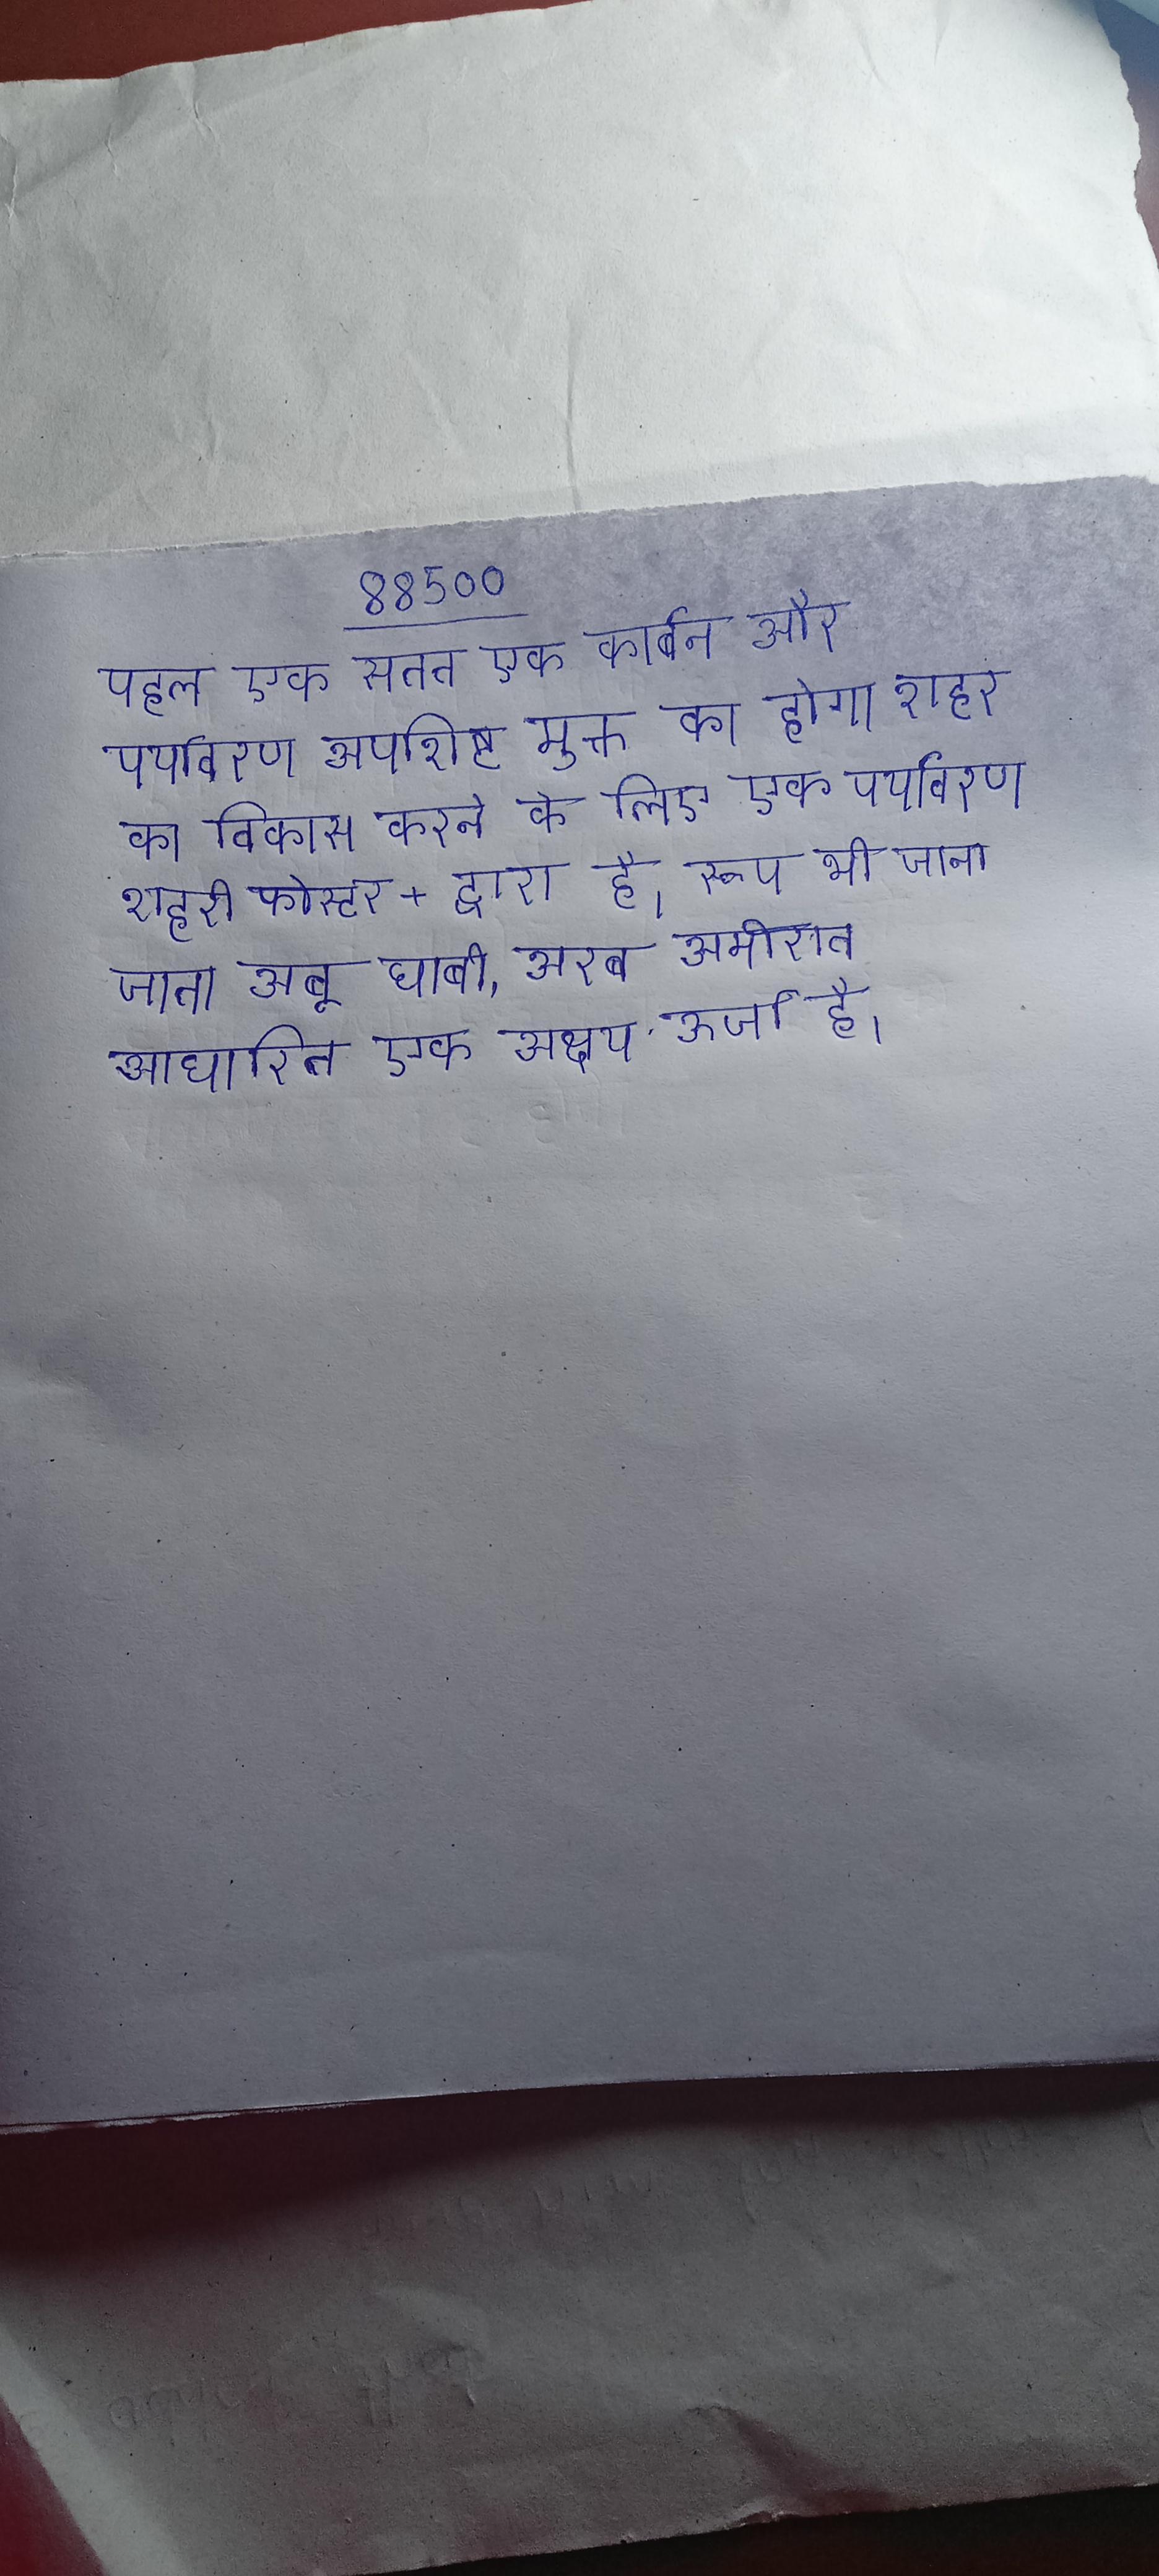
पहल एक सतत एक कार्बन और पर्यावरण अपशिष्ट मुक्त का होगा शहर का विकास करने के लिए एक पर्यावरण शहरी फोस्टर + द्वारा है । रूप भी जाना जाता अबू धाबी भविष्य ऊर्जा अबू धाबी, अरब अमीरात आधारित एक अक्षय ऊर्जा है ।